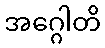
အဂ္ဂေါတိ